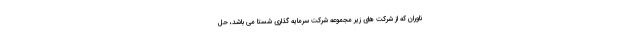
ناوران که از شرکت های زیر مجموعه شرکت سرمایه گذاری شستا می باشد، حل